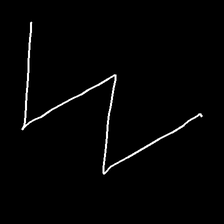
Glyph: crush